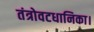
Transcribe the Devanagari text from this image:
तंत्रोवटधानिका।